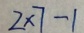
2 \times 7 - 1